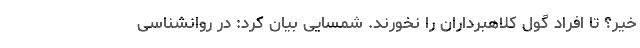
خیر؟ تا افراد گول کلاهبرداران را نخورند. شمسایی بیان کرد: در روانشناسی